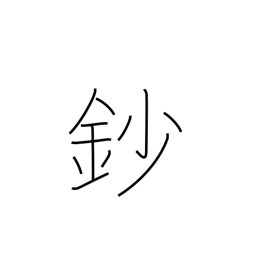
Meaning: 1/10 shaku